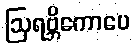
ဩရဗ္ဘိကောပေ